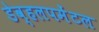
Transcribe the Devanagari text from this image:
डेव्हलपमेंटल